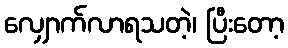
လျှောက်လာရသတဲ့၊ ပြီးတော့